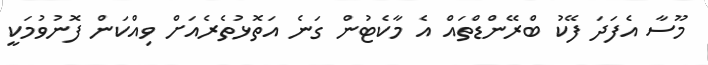
މޫސާ އެފަދަ ފޭކު ބްރޭންޑްތައް އެ މާކެޓުން ގަނެ އަތޮޅުތެރެއަށް ވިއްކަން ފޮނުވުމަކީ